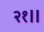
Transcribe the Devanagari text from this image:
२१॥